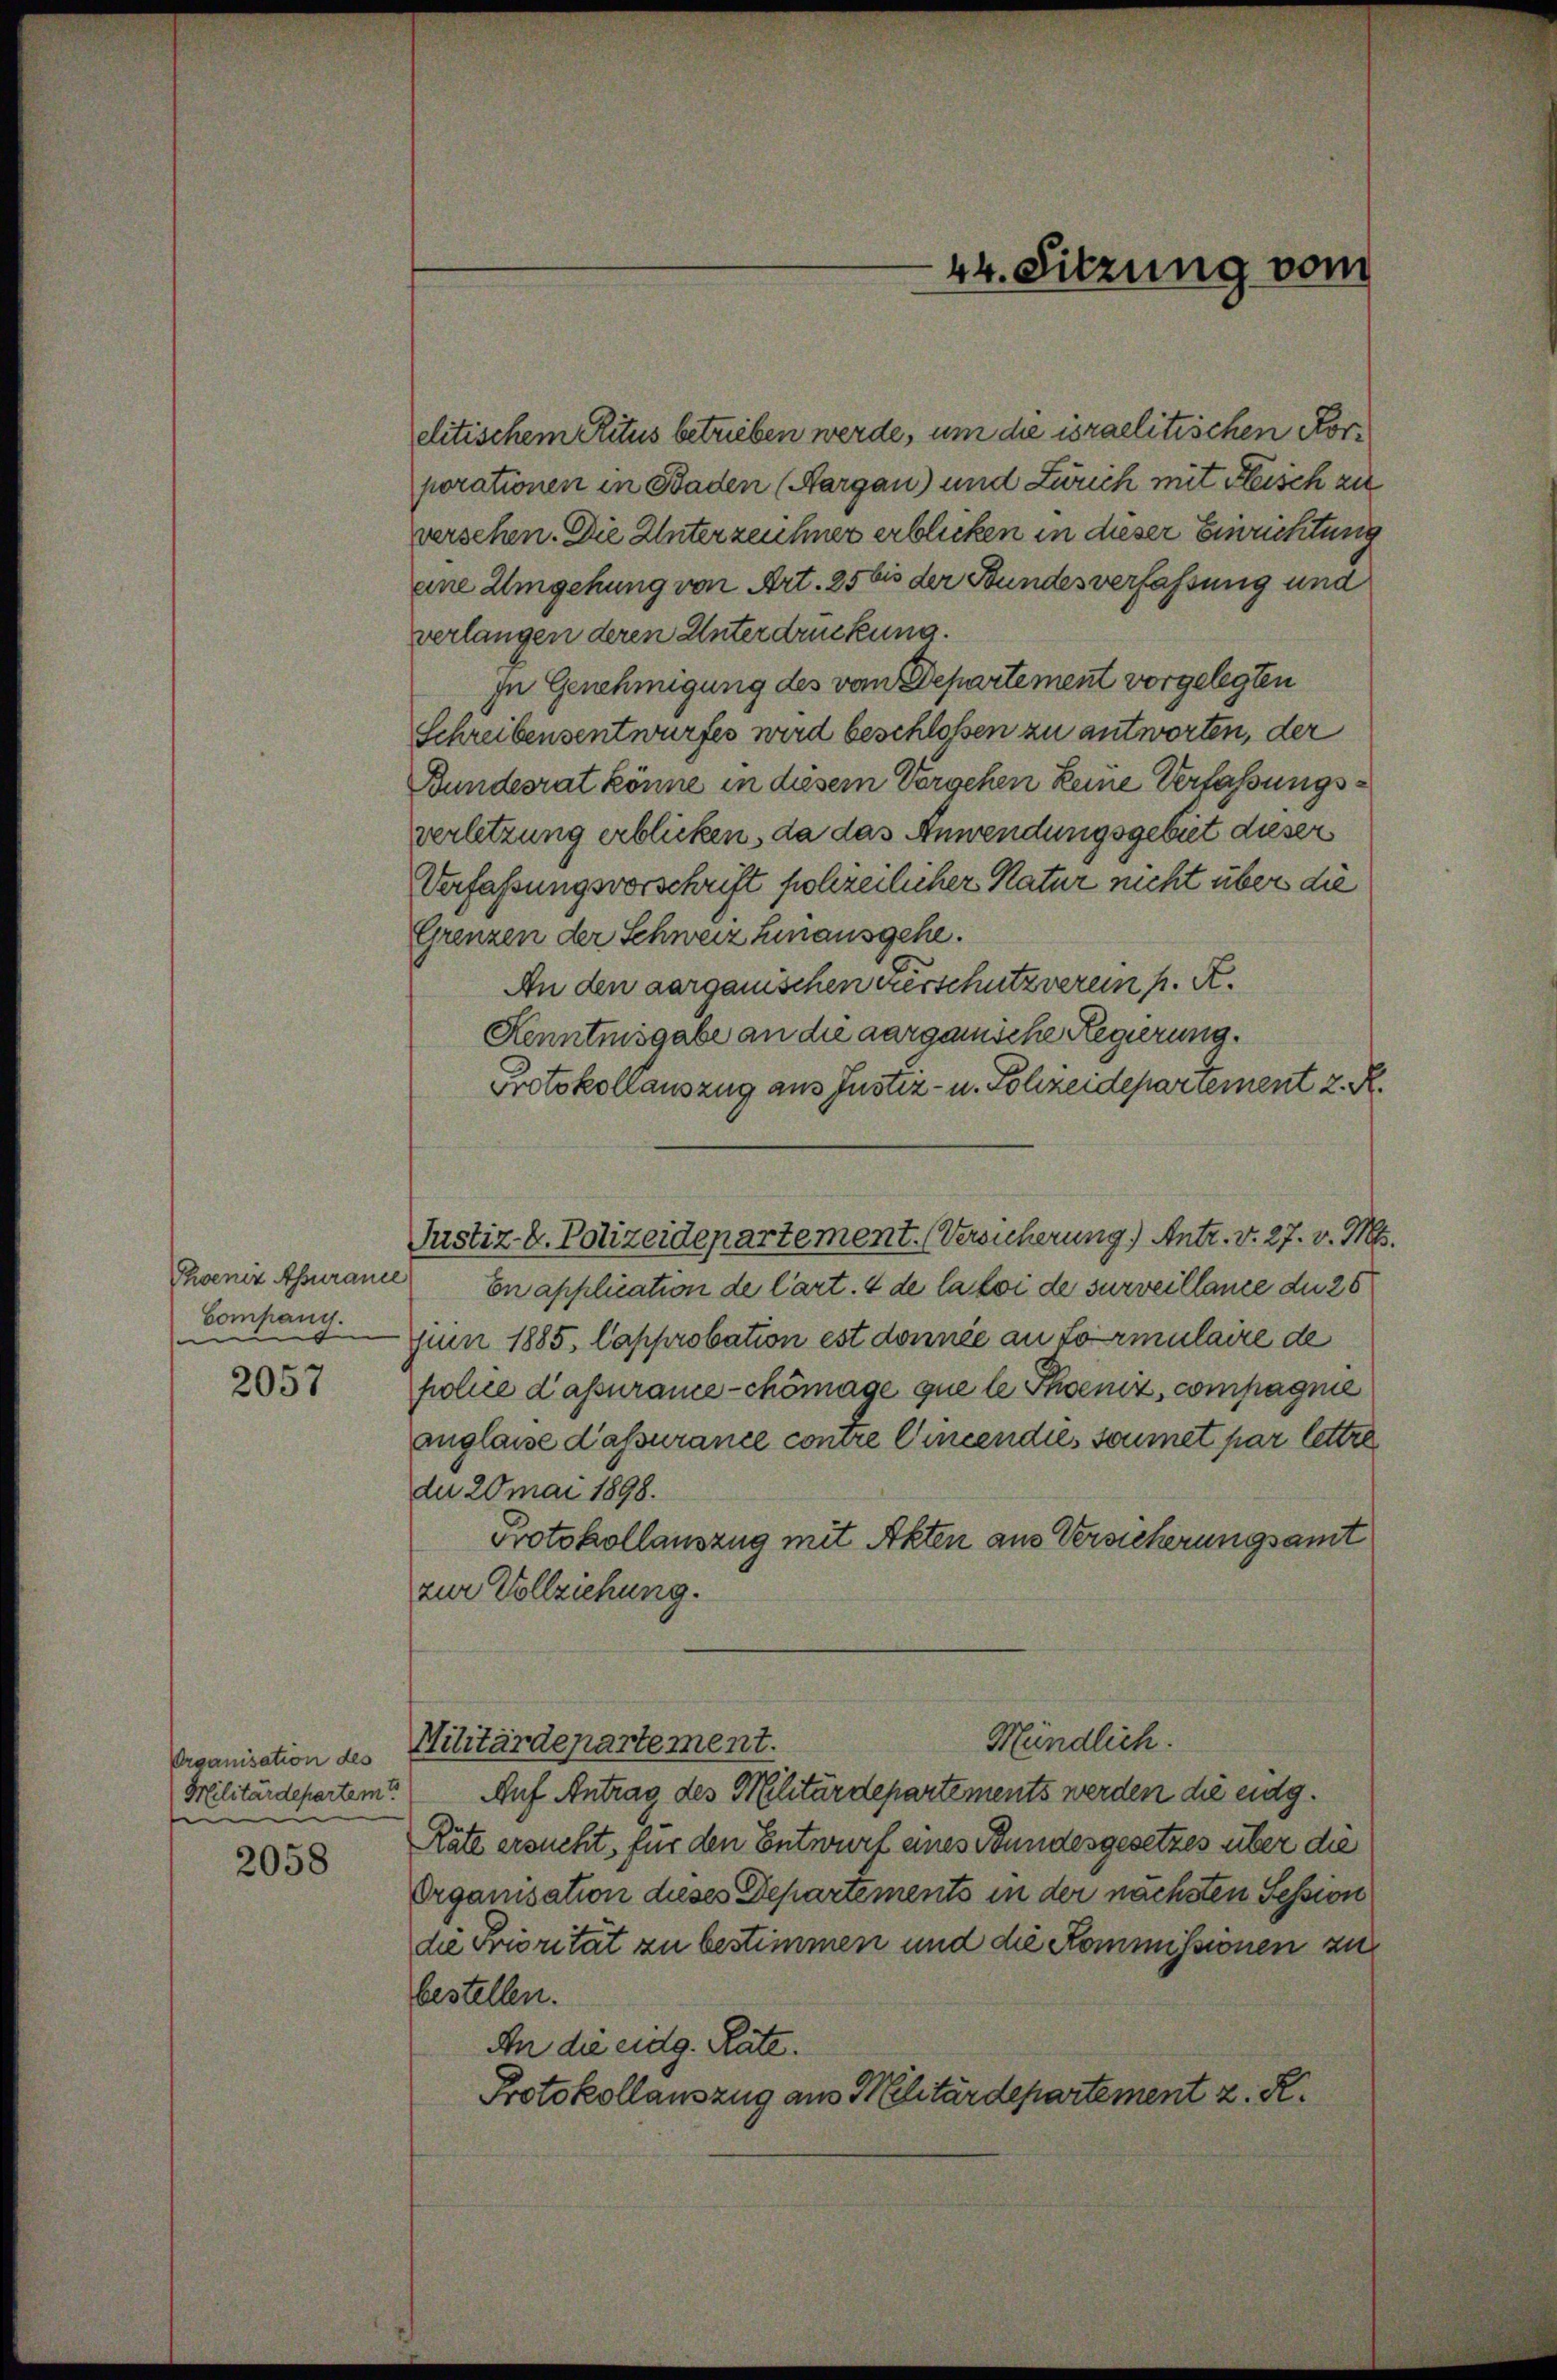
Thoeniz Asurance
Company.

2057

Organisation des
Militärdepartem
e

2058

elitischem Ritus betrieben werde, um die israelitischen Korporationen in Baden (Aargau) und Zürich mit Fleisch zu
versehen. Die Unterzeichner erblicken in dieser Einrichtung
eine Umgehung von Art. 25 bis der Bundesverfassung und
verlangen deren Unterdrückung.
In Genehmigung des vom Departement vorgelegten
Schreibensentwurfes wird beschlossen zu antworten, der
Bundesrat könne in diesem Vorgehen keine Verfassungsverletzung erblicken, da das Anwendungsgebiet dieser
Verfaßungsvorschrift holzeilicher Natur nicht über die
Grenzen der Schweiz hinausgehe.
An den aargauischen Kerschutzverein h. R.
Kenntnisgabe an die aarganische Regierung.
Protokollauszug aus Justiz- u. Schzeidepariement z. R.
Justiz- u. Polizeidepartement. (Versicherung.) Antr. v. 27. v. Ms.
En application de Cart. 4 de la loi de surveillance du 26
juin 1885, Capprobation est donnée an Formulaire de
police d’assurame-chömage que le Phaeniz, compagnie
anglasse dassurance contre Cincendies soumet par lettre
der 20 mai 1898.
Protokollauszug mit Akten aus Versicherungsamt
zur Vollziehung.
Mündlich.
Militärdepartement.
Auf Antrag des Militärdepartements werden die eidg.
Räte ersucht, für den Entwurf eines Bundesgesetzes über die
Organisation dieses Departements in der nächsten Tession
die Priorität zu bestimmen und die Kommissionen zu
bestellen.
An die eidg. Rate.
Protokollauszug aus Militärdepartement z. R.

44. Sitzung vom